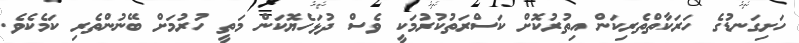
ހަށިގަނޑުގެ ހަރަކާތްތެރިކަން އިތުރުކޮށް ކަސްރަތުކުރުމަކީ ވެސް ދުޅަހެޔޮކަން މަތީ ހުރުމަށް ބޭނުންތެރި ކަމެކެވެ.